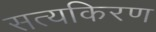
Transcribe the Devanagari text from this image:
सत्यकिरण